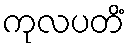
ကုလပတိံ